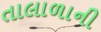
તાલાળાની